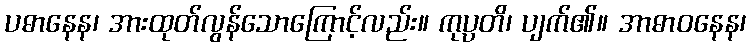
ပဓာနေန၊ အားထုတ်လွန်သောကြောင့်လည်း။ ကုပ္ပတိ၊ ပျက်၏။ အာဓာဝနေန၊